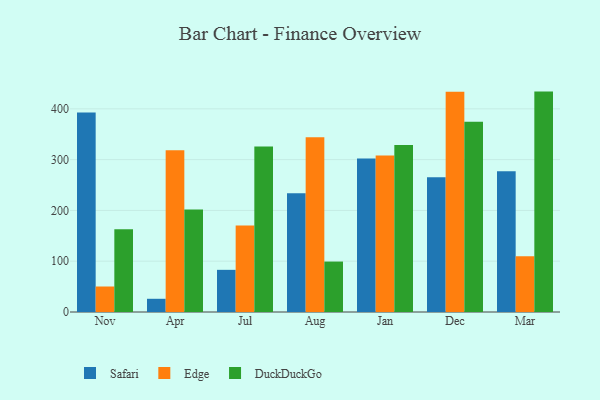
{"axis": {"x": "Month", "y": "Gross Profit (USD K)"}, "legend": ["DuckDuckGo", "Edge", "Safari"], "data": [{"x": "Nov", "y": 392.9, "type": "Safari"}, {"x": "Nov", "y": 50.2, "type": "Edge"}, {"x": "Nov", "y": 163.0, "type": "DuckDuckGo"}, {"x": "Apr", "y": 26.0, "type": "Safari"}, {"x": "Apr", "y": 318.5, "type": "Edge"}, {"x": "Apr", "y": 201.9, "type": "DuckDuckGo"}, {"x": "Jul", "y": 83.0, "type": "Safari"}, {"x": "Jul", "y": 170.2, "type": "Edge"}, {"x": "Jul", "y": 325.7, "type": "DuckDuckGo"}, {"x": "Aug", "y": 233.9, "type": "Safari"}, {"x": "Aug", "y": 344.2, "type": "Edge"}, {"x": "Aug", "y": 99.3, "type": "DuckDuckGo"}, {"x": "Jan", "y": 302.0, "type": "Safari"}, {"x": "Jan", "y": 308.0, "type": "Edge"}, {"x": "Jan", "y": 328.8, "type": "DuckDuckGo"}, {"x": "Dec", "y": 265.3, "type": "Safari"}, {"x": "Dec", "y": 433.5, "type": "Edge"}, {"x": "Dec", "y": 374.5, "type": "DuckDuckGo"}, {"x": "Mar", "y": 277.2, "type": "Safari"}, {"x": "Mar", "y": 110.0, "type": "Edge"}, {"x": "Mar", "y": 433.9, "type": "DuckDuckGo"}]}